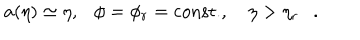
a ( \eta ) \simeq \eta , \phi = \phi _ { r } = \mathrm { c o n s t . } , ~ \eta > \eta _ { r } .